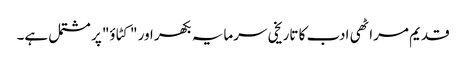
قدیم مراٹھی ادب کا تاریخی سرمایہ بکھر اور "کٹاؤ" پر مشتمل ہے۔